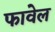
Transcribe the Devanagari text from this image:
फावेल